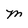
Character: M